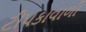
ટીપકાવાળી